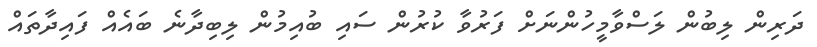
ދަރިން ލިބުން ލަސްވާމީހުންނަށް ފަރުވާ ކުރުން ސައި ބުއިމުން ލިބިދާނެ ބައެއް ފައިދާތައް